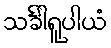
သင်္ခါရူပါယံ